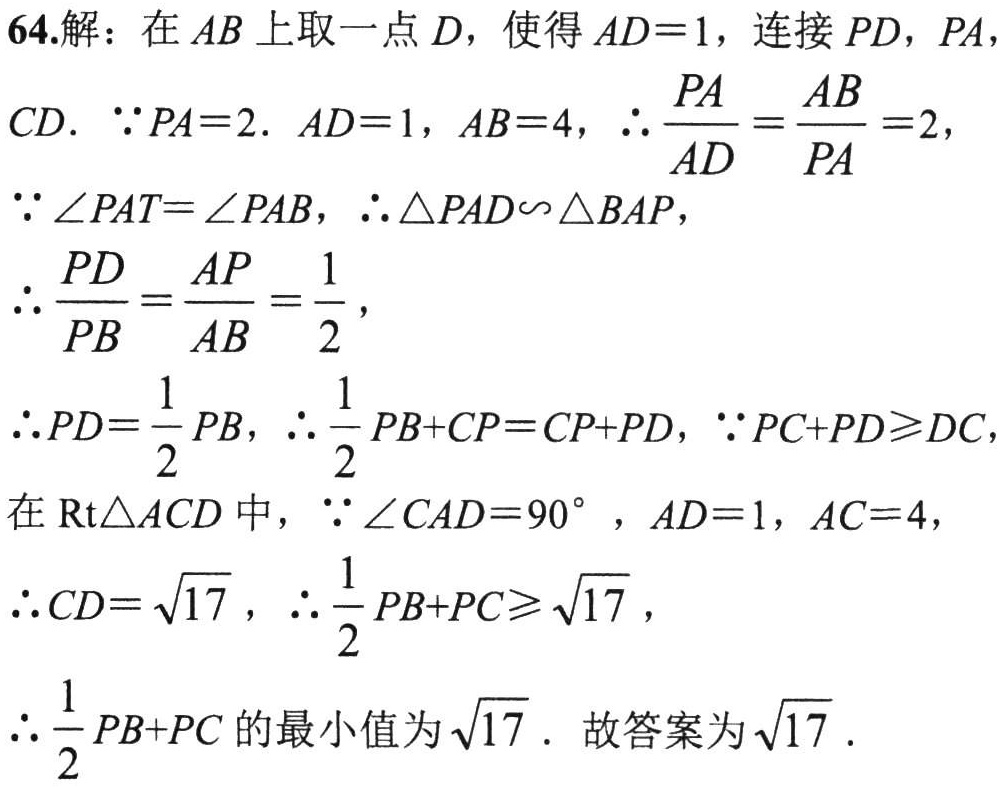
64.解：在\(AB\)上取一点\(D\)，使得\(AD = 1\)，连接\(PD\)，\(PA\)，
\(CD\). \(\because PA = 2\). \(AD = 1\)，\(AB = 4\)，\(\therefore\frac{PA}{AD}=\frac{AB}{PA}=2\)，
\(\because\angle PAT=\angle PAB\)，\(\therefore\triangle PAD\sim\triangle BAP\)，
\(\therefore\frac{PD}{PB}=\frac{AP}{AB}=\frac{1}{2}\)，
\(\therefore PD=\frac{1}{2}PB\)，\(\therefore\frac{1}{2}PB + CP=CP + PD\)，\(\because PC + PD\geqslant DC\)，
在\(\text{Rt}\triangle ACD\)中，\(\because\angle CAD = 90^{\circ}\)，\(AD = 1\)，\(AC = 4\)，
\(\therefore CD=\sqrt{17}\)，\(\therefore\frac{1}{2}PB + PC\geqslant\sqrt{17}\)，
\(\therefore\frac{1}{2}PB + PC\)的最小值为\(\sqrt{17}\). 故答案为\(\sqrt{17}\).